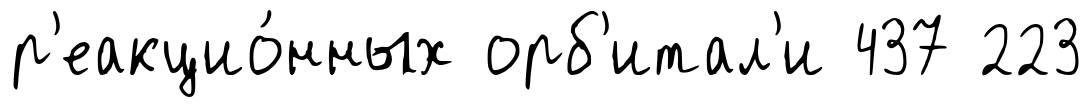
р'еакцио́нных орб'итал'и 437 223